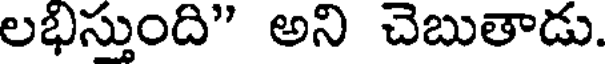
లభిస్తుంది" అని చెబుతాడు.